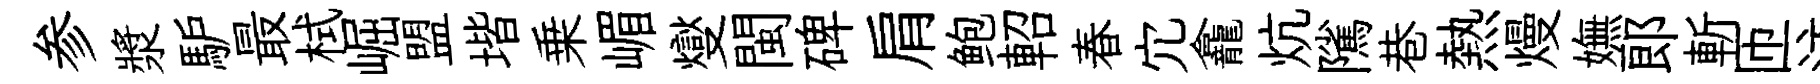
参漿馿最栻崛盟堦乗嵋燮閩碑肩鲍軺春宂龕炕隲巷熱熳嫵郞斬匝注